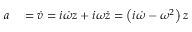
\begin{array} { r l } { a } & { { } = { \dot { v } } = i { \dot { \omega } } z + i \omega { \dot { z } } = \left( i { \dot { \omega } } - \omega ^ { 2 } \right) z } \end{array}